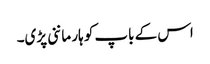
اس کے باپ کو ہار ماننی پڑی۔